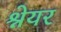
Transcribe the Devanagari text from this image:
श्नेयर